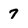
Character: 7